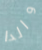
والدا